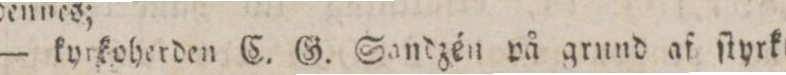
— kyrkoherden C. G. Sandzén på grund af ſtyrkt